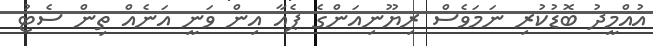
އުއްމީދު ބޮޑުކުރި ނަމަވެސް ރިޔޫނިއަންގެ ޕެއާ އިން ވަނީ އަނެއް ތިން ސެޓު